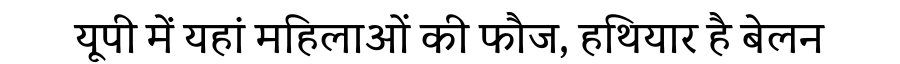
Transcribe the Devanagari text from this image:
यूपी में यहां महिलाओं की फौज, हथियार है बेलन